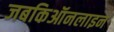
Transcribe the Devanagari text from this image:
जबकिऑनलाइन